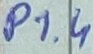
Text: P1.4